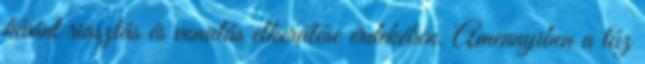
kívánt riasztás és vonulás elkerülése érdekében. Amennyiben a tûz